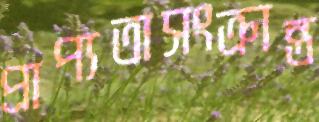
প্রাপ্যতাসংক্রান্ত